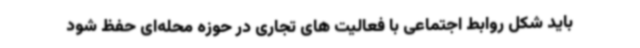
باید شکل روابط اجتماعی با فعالیت های تجاری در حوزه محله‌ای حفظ شود